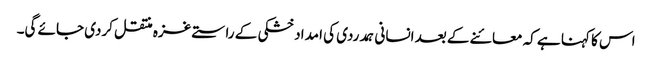
اس کا کہنا ہے کہ معائنے کے بعد انسانی ہمدردی کی امداد خشکی کے راستے غزہ منتقل کردی جائے گی۔